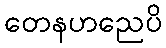
တေနဟညေပိ